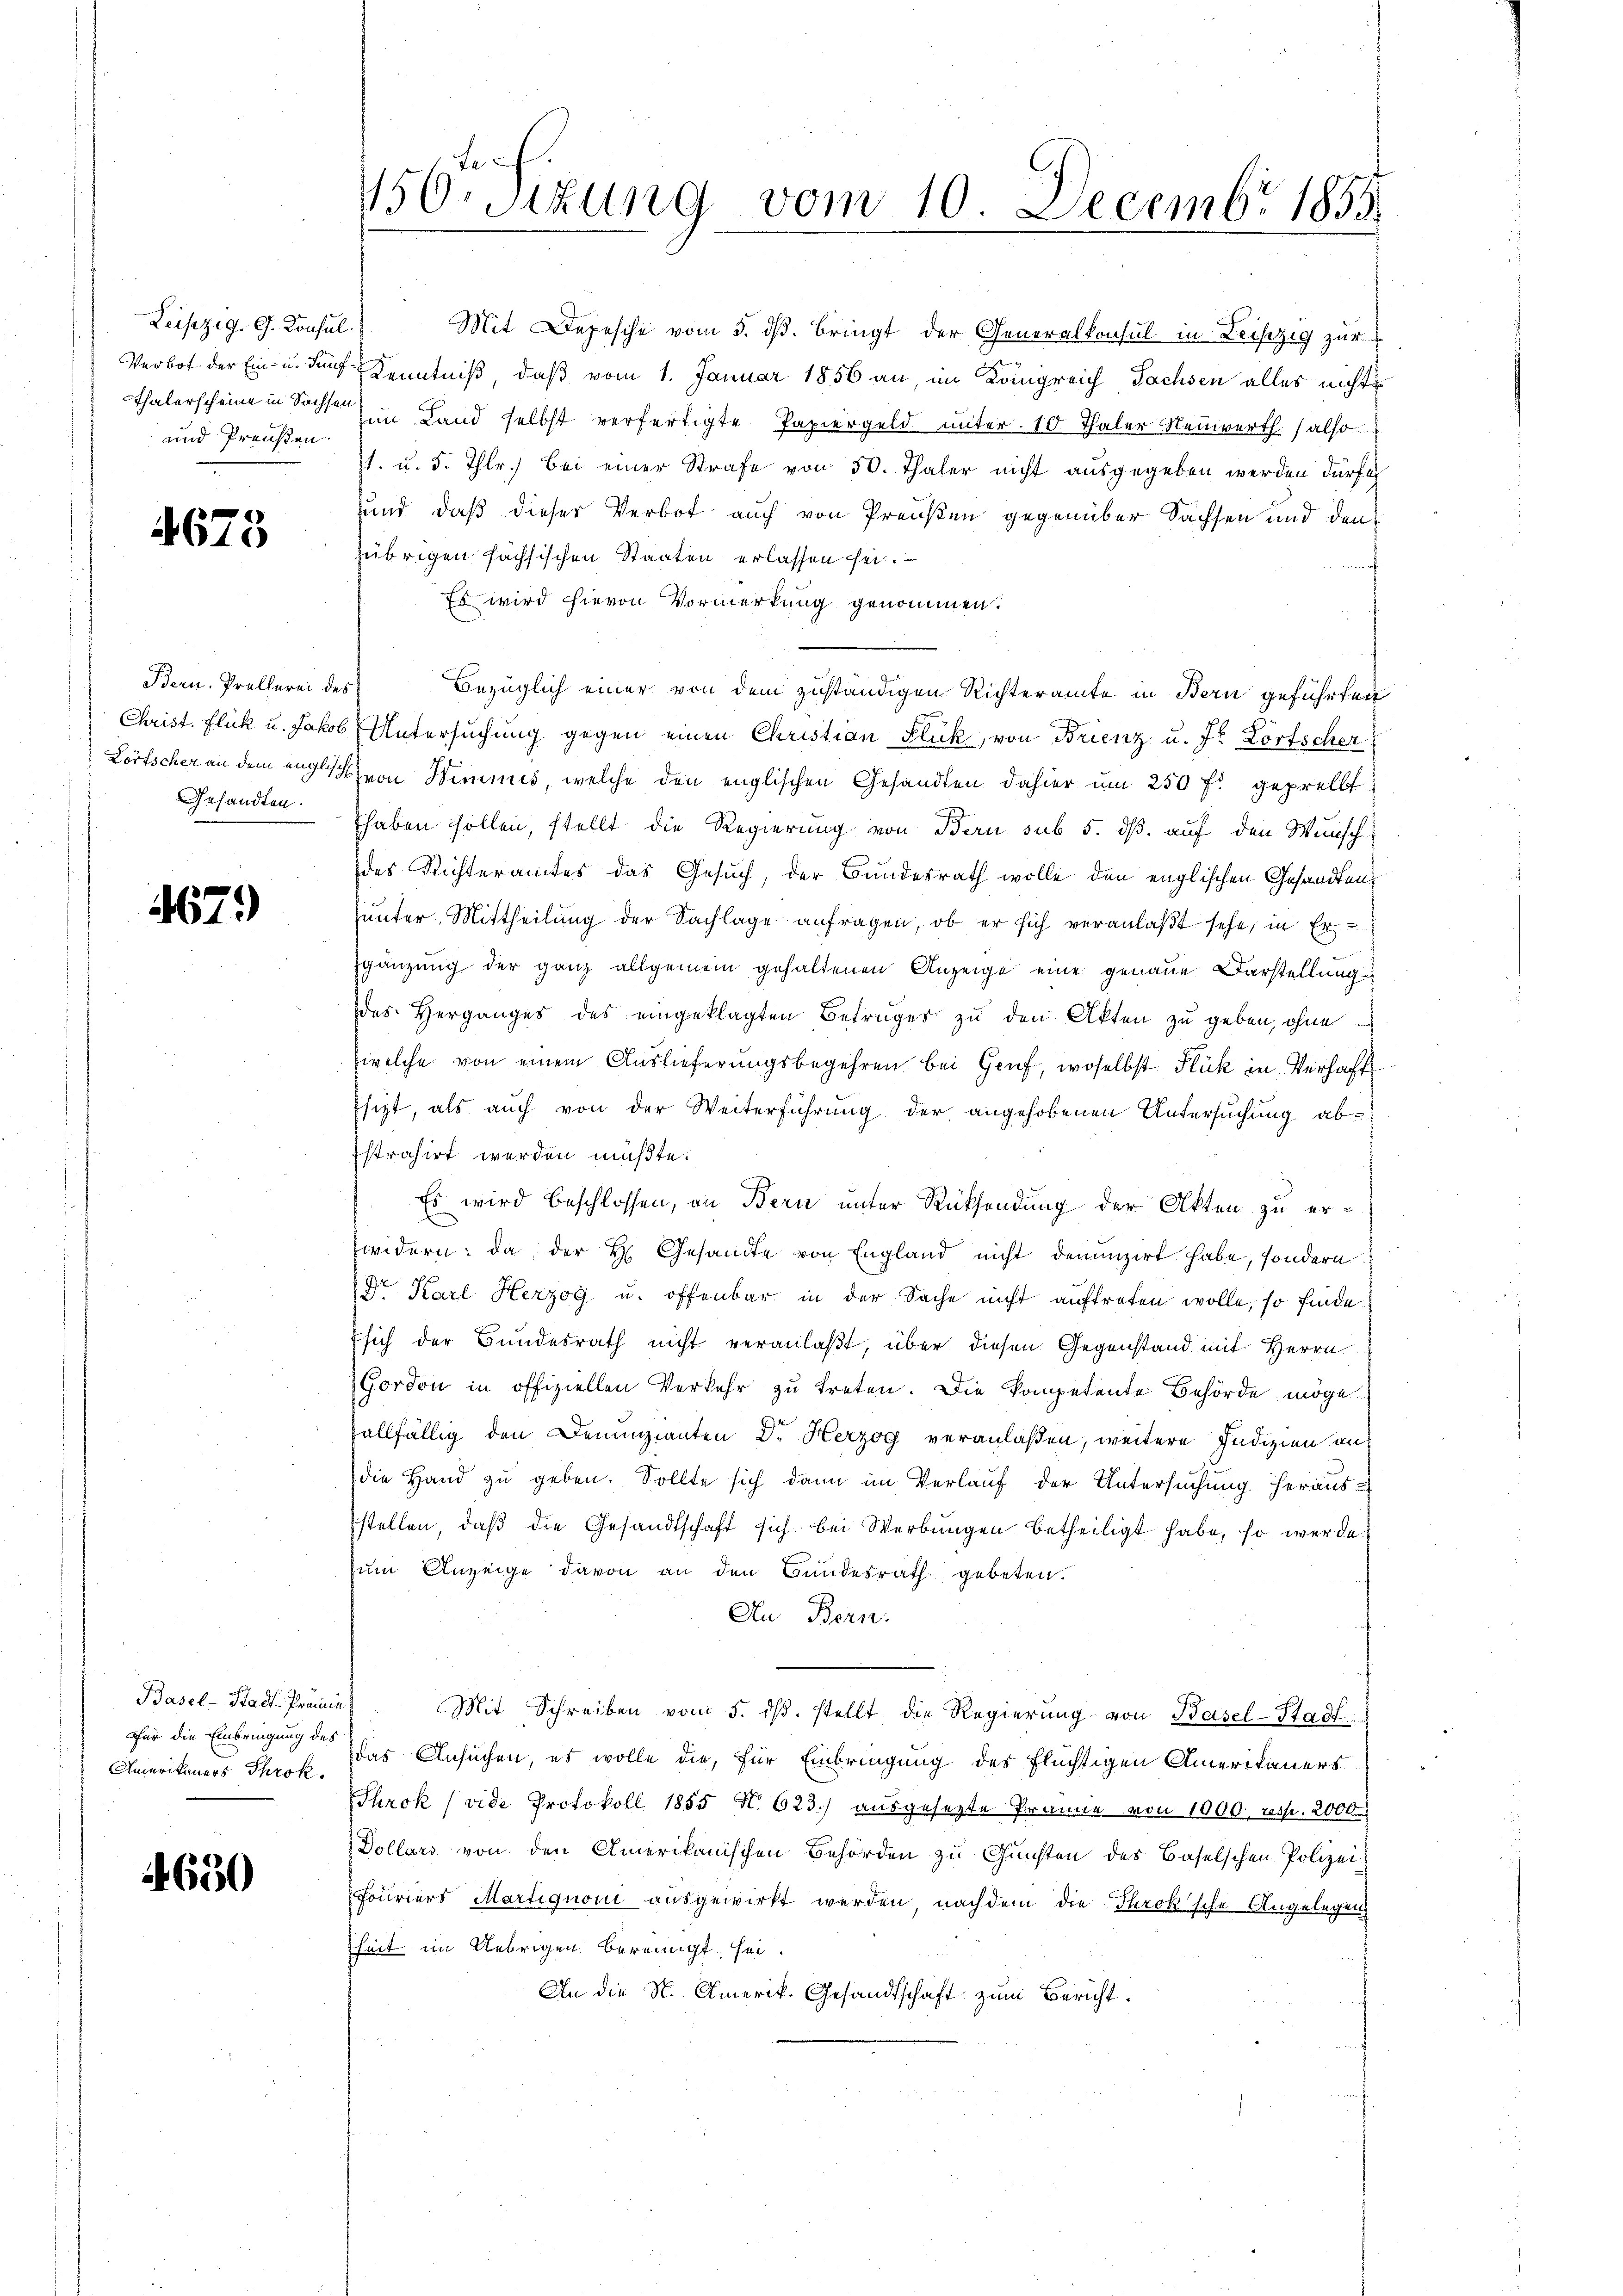
Leipzig. G. Konsul
und Preußen.

4675

Bern. Prollerei des
Gesandten.

67.)

Basel-Stadt-Präm
Für die Einbringung des
Amerikaners Throk.

650

Mit Depesche vom 5. dß. bringt der Generalkonsul in Leiszig zur
Verbot der Ein- u. durch Kenntniß, daß vom 1. Januar 1856 an, im Königreich Sachsen alles nicht
Thalerscheine in Sachsen in Land selbst verfertigte Papiergeld unter 10 Thaler Neuwerth. (also
1. u. 5. Thlr.) Bei einer Strafe von 50. Thaler nicht ausgegeben werden dürfen
und, daß dieser Verbot auch von Preußen gegenüber Sachsen und den
übrigen höchsischen Staaten erlassen sei.
Es wird hievon Vormerkung genommen.
Bezüglich einer von dem zuständigen Richteramte in Bern geführten
Christ. Flück u. Jakob Untersuchung gegen einen Christian Flück, von Brienz u. Fr. Lortscher
Lörtscher an dem auglich von Wimmes, welche den englischen Gesandten dahier um 250 fl geprellt
haben sollen, stellt die Regierung von Bau sub 5. dß. auf den Wünschdes Richteramtes das Gesuch, der Bundesrath wolle den englischen Gesandten
hunter Mittheilung der Sachlage anfragen, ob er sich veranlaßt sehe, in Er
gänzung der ganz allgemein gehaltenen Anzeige eine genaue Darstellung
des Herganges des eingeklagten Betruges zu den Akten zu geben, ohne
welche von einem Auslieferungsbegehren bei Genf, woselbst Stück in Verhaft
Esizt, als auch von der Weiterführung der angehobenen Untersuchung absstrahirt werden müßte.
Es wird beschlossen, an Bern unter Rücksendung der Akten zu erzwidern: da der H. Gesandte von England nicht denunzirt habe, sondern
Dr. Karl Herzog u. offenbar in der Sache nicht auftreten wolle, so finde
sich der Bundesrath nicht veranlaßt, über diesen Gegenstand mit Herrn
Gordon in offiziellen Verkehr zu treten. Die kompetente Behörde möge
fallfällig den Denunzianten Dr. Herzog veranlaßen, weitere Indizien an
die Hand zu geben. Sollte sich dann im Verlauf der Untersuchung herausstellen, daβ die Gesandtschaft sich bei Werbungen betheiligt habe, so werde
zum Anzeige davon an den Bundesrath gebeten.
An Bern.
i
Mit Schreiben vom 5. dβ. stellt die Regierŭng von Basel-Stadt
das Ansuchen, es wolle die, für Einbringung des Flüchtigen Amerikaners
Turck (vide Protokoll 1855 N. 623.) ausgesezte Prämie von 1000. resp. 2000
Dollars von den Amerikanischen Behörden zu Gunsten des Baselschen Polizei¬
Fouriers Martiquoni ausgewirkt werden, nach dem die Throk'sche Angelegen
heit im Uebrigen bereinigt sei.
An die St. Amerik. Gesandtschaft zum Bericht.

150. Sitzung vom 10. Decembr 1855.